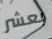
بعشر